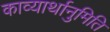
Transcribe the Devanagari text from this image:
काव्यार्थानुमिति